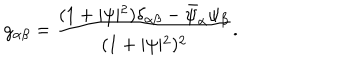
g _ { \alpha \beta } = \frac { ( 1 + \vert \psi \vert ^ { 2 } ) \delta _ { \alpha \beta } - \bar { \psi } _ { \alpha } \psi _ { \beta } } { ( 1 + \vert \psi \vert ^ { 2 } ) ^ { 2 } } .